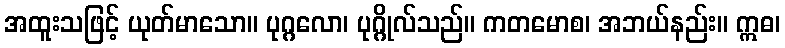
အထူးသဖြင့် ယုတ်မာသော။ ပုဂ္ဂလော၊ ပုဂ္ဂိုလ်သည်။ ကတမောစ၊ အဘယ်နည်း။ ဣဓ၊